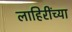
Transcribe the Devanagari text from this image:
लाहिरींच्या